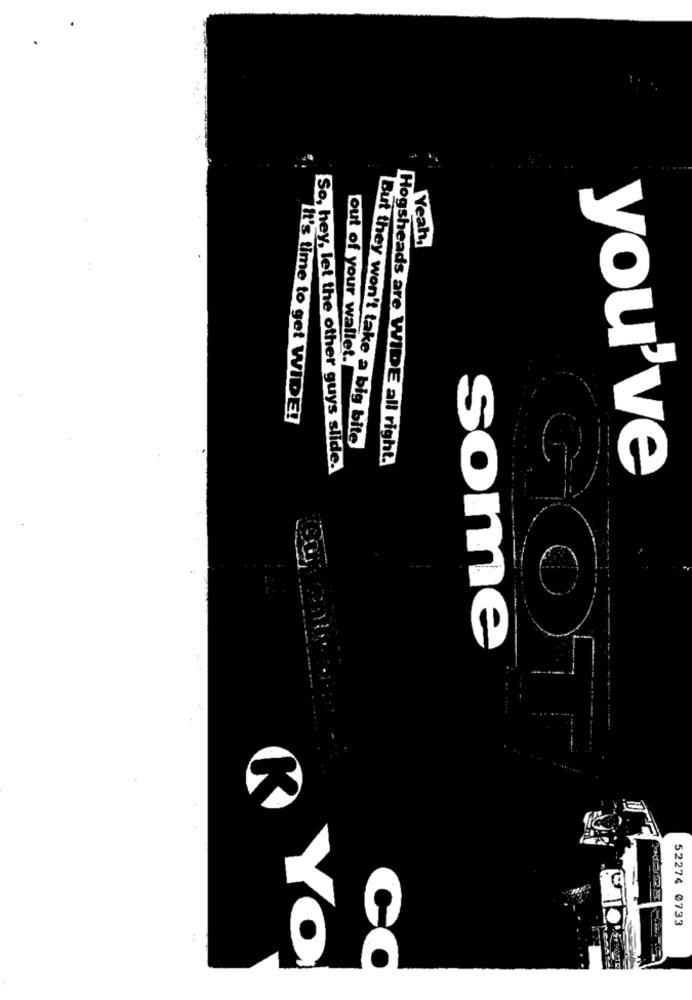
Yeah,
out of your wallet.
It's time to get WIDE!
But they won't take a big bite
Hogsheads are WIDE all right.
So, hey, let the other guys slide.
you've
some
52274 0733